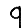
Digit: 9